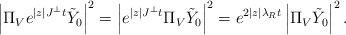
\begin{align*}\left|\Pi_V e^{|z| J^\perp t}\tilde{Y}_0\right|^2 & = \left|e^{|z| J^\perp t}\Pi_{V}\tilde{Y}_0\right|^2 = e^{2|z|\lambda_R t}\left|\Pi_{V}\tilde{Y}_0\right|^2.\end{align*}